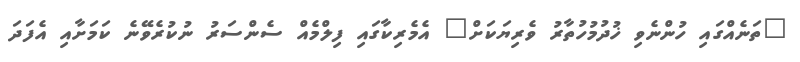
"ތަނެއްގައި ހުންނެވި ޚުދުމުހުތާރު ވެރިޔަކަށް" އެމެރިކާގައި ފިލްމެއް ސެންސަރު ނުކުރެވޭނެ ކަމަށާއި އެފަދަ